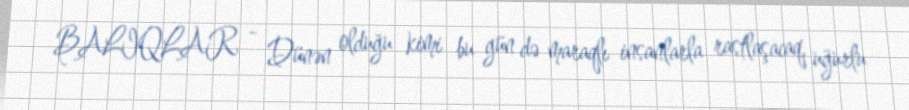
BALIQLAR - Dünən olduğu kimi bu gün də maraqlı insanlarla rastlaşacaq, uğurlu